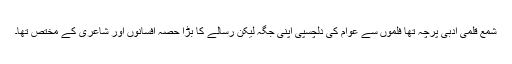
شمع قلمی ادبی پرچہ تھا فلموں سے عوام کی دلچسپی اپنی جگہ لیکن رسالے کا بڑا حصہ افسانوں اور شاعری کے مختص تھا۔